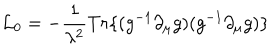
{ \cal L } _ { 0 } = - \frac { 1 } { \lambda ^ { 2 } } T r \{ ( g ^ { - 1 } \partial _ { \mu } g ) ( g ^ { - 1 } \partial _ { \mu } g ) \}